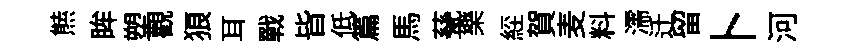
㷱眸塑觀狼耳戰𣅜低篇馬甆樂𦀇賀麦料濡迁留卜河